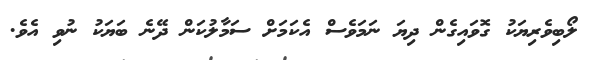
ލޯބިވެރިޔަކު ގޮވައިގެން ދިޔަ ނަމަވެސް އެކަމަށް ސަމާލުކަން ދޭނެ ބަޔަކު ނުވި އެވެ.